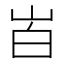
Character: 𰎒